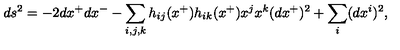
d s ^ { 2 } = - 2 d x ^ { + } d x ^ { - } - \sum _ { i , j , k } h _ { i j } ( x ^ { + } ) h _ { i k } ( x ^ { + } ) x ^ { j } x ^ { k } ( d x ^ { + } ) ^ { 2 } + \sum _ { i } ( d x ^ { i } ) ^ { 2 } ,